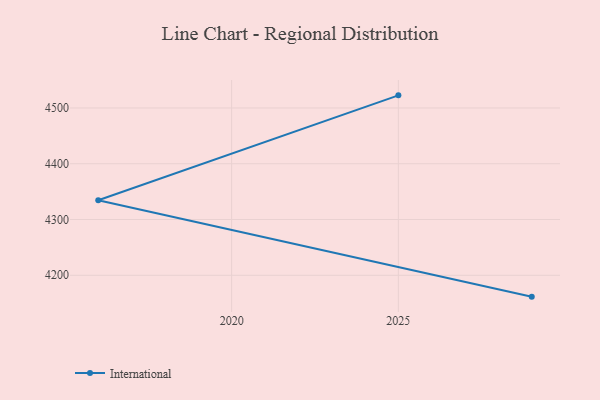
{"axis": {"x": "Year", "y": "Active Users"}, "legend": ["International"], "data": [{"x": "2029", "y": 4161.7, "type": "International"}, {"x": "2016", "y": 4334.6, "type": "International"}, {"x": "2025", "y": 4522.6, "type": "International"}]}